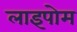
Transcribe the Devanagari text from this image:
लाइपोम